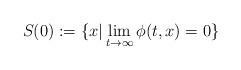
LaTeX: \begin{align*}S(0) := \{x | \lim_{t \rightarrow \infty} \phi(t, x) = 0 \}\end{align*}